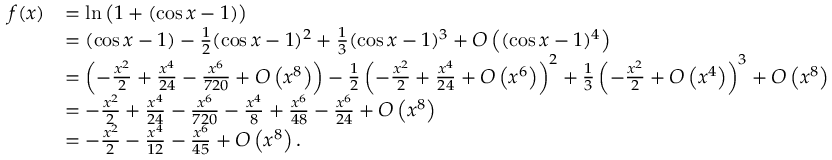
{ \begin{array} { r l } { f ( x ) } & { = \ln { \bigl ( } 1 + ( \cos x - 1 ) { \bigr ) } } \\ & { = ( \cos x - 1 ) - { \frac { 1 } { 2 } } ( \cos x - 1 ) ^ { 2 } + { \frac { 1 } { 3 } } ( \cos x - 1 ) ^ { 3 } + { O } \left( ( \cos x - 1 ) ^ { 4 } \right) } \\ & { = \left( - { \frac { x ^ { 2 } } { 2 } } + { \frac { x ^ { 4 } } { 2 4 } } - { \frac { x ^ { 6 } } { 7 2 0 } } + { O } \left( x ^ { 8 } \right) \right) - { \frac { 1 } { 2 } } \left( - { \frac { x ^ { 2 } } { 2 } } + { \frac { x ^ { 4 } } { 2 4 } } + { O } \left( x ^ { 6 } \right) \right) ^ { 2 } + { \frac { 1 } { 3 } } \left( - { \frac { x ^ { 2 } } { 2 } } + O \left( x ^ { 4 } \right) \right) ^ { 3 } + { O } \left( x ^ { 8 } \right) } \\ & { = - { \frac { x ^ { 2 } } { 2 } } + { \frac { x ^ { 4 } } { 2 4 } } - { \frac { x ^ { 6 } } { 7 2 0 } } - { \frac { x ^ { 4 } } { 8 } } + { \frac { x ^ { 6 } } { 4 8 } } - { \frac { x ^ { 6 } } { 2 4 } } + O \left( x ^ { 8 } \right) } \\ & { = - { \frac { x ^ { 2 } } { 2 } } - { \frac { x ^ { 4 } } { 1 2 } } - { \frac { x ^ { 6 } } { 4 5 } } + O \left( x ^ { 8 } \right) . } \end{array} }